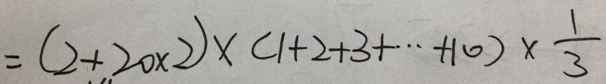
= ( 2 + 2 0 \times 2 ) \times ( 1 + 2 + 3 + \cdots + 1 0 ) \times \frac { 1 } { 3 }